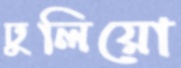
ঢুলিয়ো